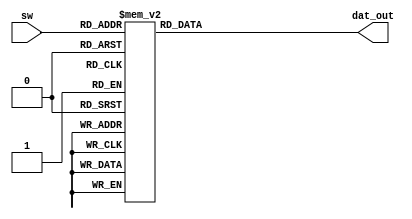
module seg_7_dec(input [3:0] sw, output [7:0] dat_out);
	
	reg [7:0] odat;
	
	assign dat_out = odat;
	
	always @* begin
		case(sw)
			4'h0: odat = 8'b11000000;
			4'h1: odat = 8'b11111001;
			4'h2: odat = 8'b10100100;
			4'h3: odat = 8'b10110000;
			4'h4: odat = 8'b10011001;
			4'h5: odat = 8'b10010010;
			4'h6: odat = 8'b10000010;
			4'h7: odat = 8'b11011000;
			4'h8: odat = 8'b10000000;
			4'h9: odat = 8'b10010000;
			4'ha: odat = 8'b10001000;
			4'hb: odat = 8'b10000011;
			4'hc: odat = 8'b11000110;
			4'hd: odat = 8'b10100001;
			4'he: odat = 8'b10000110;
			4'hf: odat = 8'b10001110;
			default: odat = 8'b11111111;
			
		endcase
	end
endmodule